Document type: Confirmation
Year: 1374
Scribe: Ramon Camat
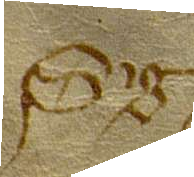
Sig